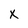
Character: X